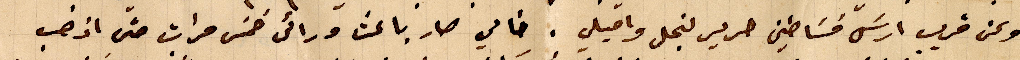
وعن قريب ارسل فساطين حرير لنجلى واميلى. خالي صار باعث ورائى خمس مرات حتى اذهب